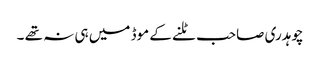
چوہدری صاحب ٹلنے کے موڈ میں ہی نہ تھے ۔